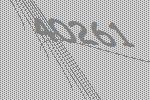
40261